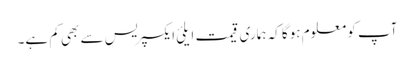
آپ کو معلوم ہوگا کہ ہماری قیمت ایلئ ایکسپریس سے بھی کم ہے۔